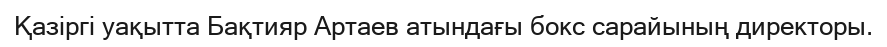
Қазіргі уақытта Бақтияр Артаев атындағы бокс сарайының директоры.